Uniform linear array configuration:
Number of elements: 8
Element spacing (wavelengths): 0.25
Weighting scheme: kaiser
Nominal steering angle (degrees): -30
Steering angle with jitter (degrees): -30.89
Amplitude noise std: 0.05
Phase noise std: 0.05

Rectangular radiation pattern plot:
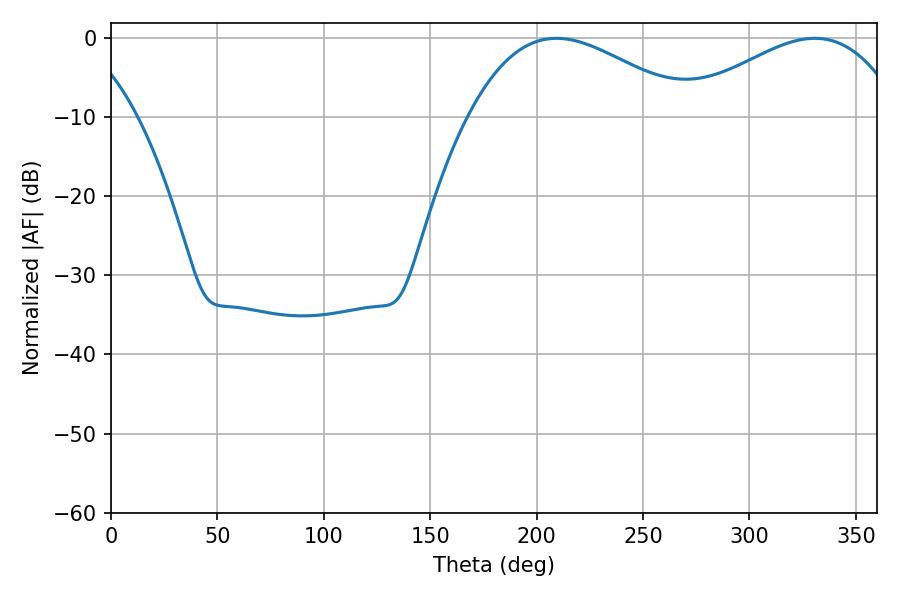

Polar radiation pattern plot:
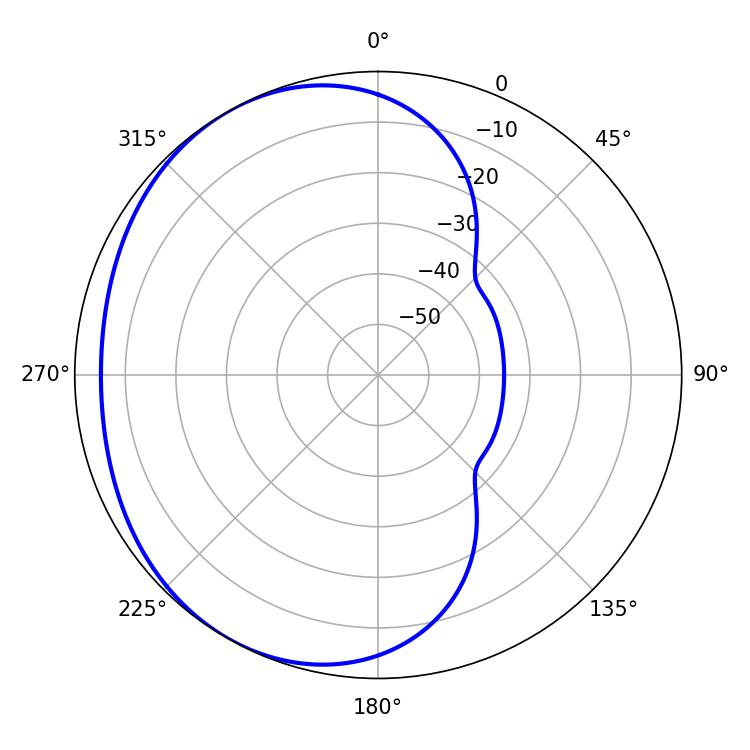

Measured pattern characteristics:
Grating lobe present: FALSE
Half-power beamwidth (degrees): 56.88
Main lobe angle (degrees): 209.34